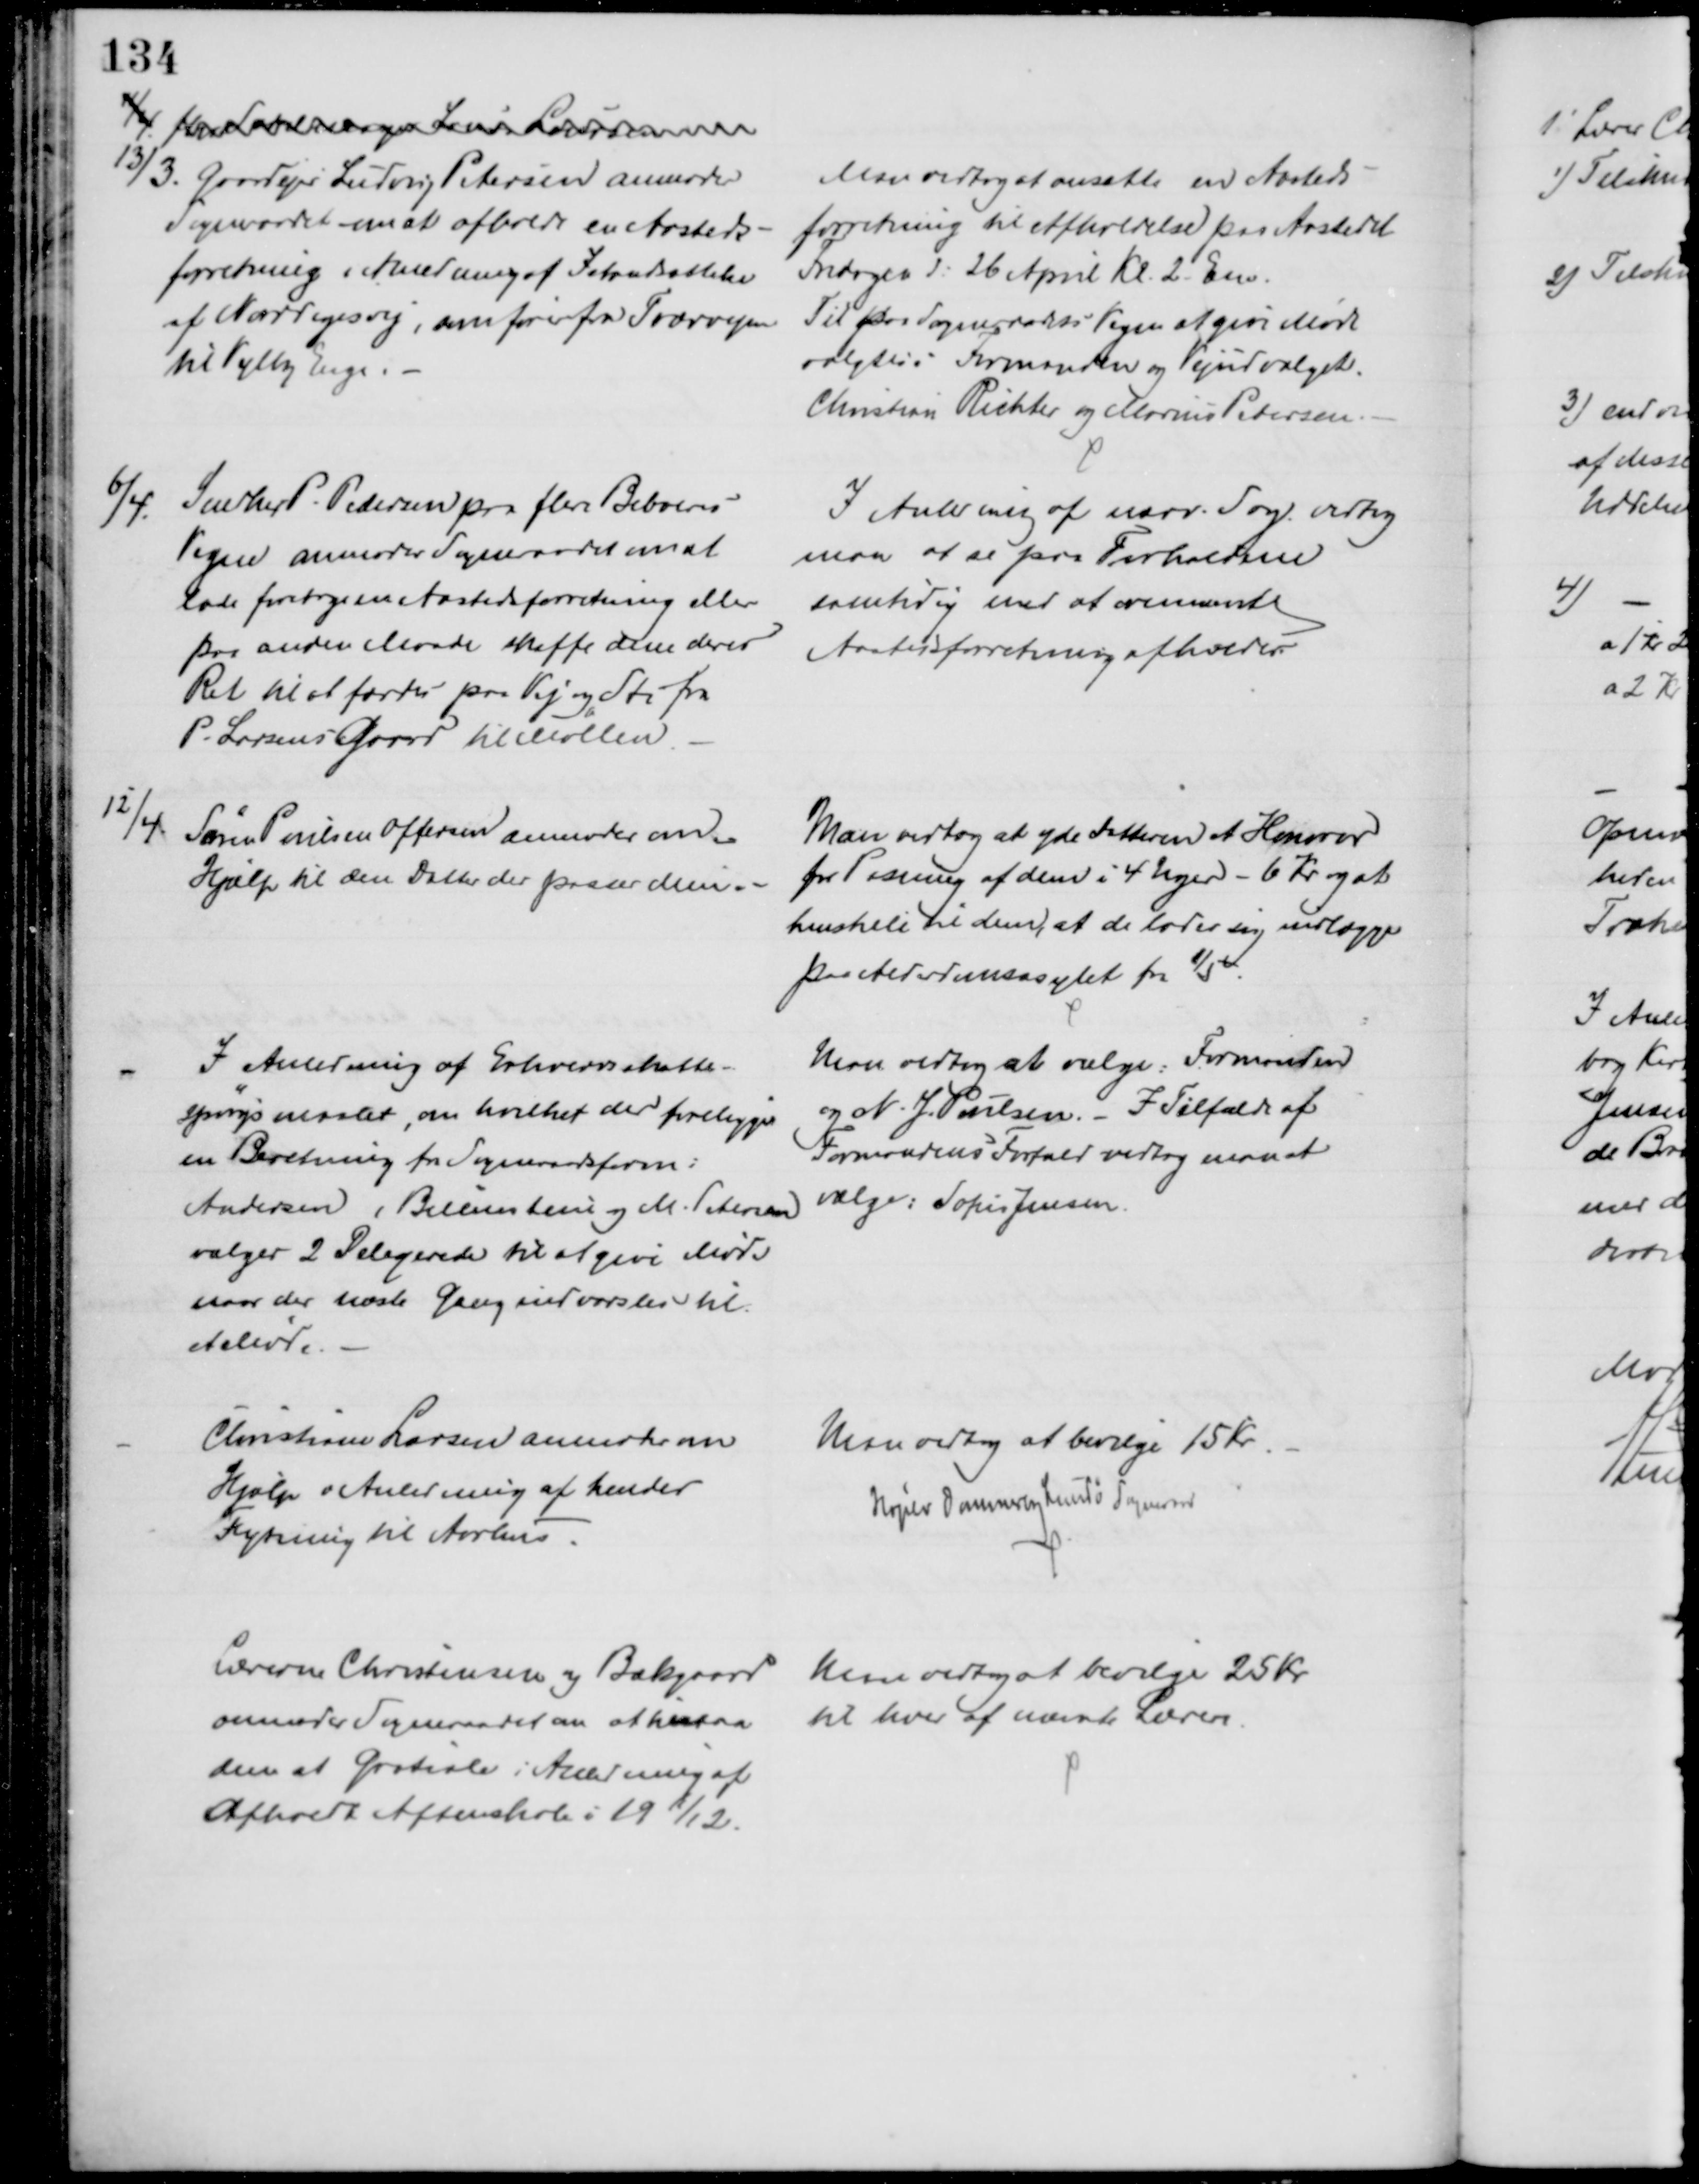
Transskription:
11/4. fhv. Sadelmager Laurs Laursen
13/3. Gaardejer Ludvig Petersen anmoder
Sogneraadet om at afholde en Aasteds-
forretning i Anledning af Istandsættelse
af Norddigesvej, som fører fra Tværvejen
til Vejlby Enge.
Man vedtog at ansætte en Aasteds-
forretning til Afholdelse paa Aastedet
Fredagen d: 26 April Kl. 2 Em.
Til paa Sogneraadets Vegne at give Møde
valgtes: Formanden og Vejudvalget.
Christian Richter og Marius Petersen.
6/4.
Snedker P. Pedersen paa flere Beboeres
Vegne anmoder Sogneraadet om at
lade foretage en Aastedsforretning eller
paa anden Maade skaffe dem deres
Ret til at færdes paa Vej og Sti fra
P. Larsens Gaard til Møllen.
I Anledning af nærv. Sag vedtog
man at se paa Forholdene
samtidig med at ovennævnte
Aastedsforretning afholdes.
12/4.
Søren Poulsen Offersen anmoder om
Hjælp til den Datter der passer dem.
Man vedtog at yde Datteren et Honorar
for Pasning af dem i 4 Uger - 6 Kr og at
henstille til dem, at de lader sig indlægge
paa Alderdomsasylet fra 1/5.
I Anledning af Erhvervsskatte-
spørgsmaalet, om hvilket der foreligger
en Beretning fra Sogneraadsform:
Andersen, Billestens og M. Petersen
vælges 2 Delegerede til at give Møde
naar der næste Gang indvarsles til
et Møde.
Man vedtog at vælge: Formanden
og N. J. Poulsen. I Tilfælde af
Formandens Forfald vedtog maa at
vælge: Sofus Jensen.
Christiane Larsen anmoder om
Hjælp i Anledning af hendes
Flytning til Aarhus.
Man vedtog at bevilge 15 Kr.
Højslev Dommerby Lundø Sogneraad
Lærerne Christensen og Bækgaard
anmoder Sogneraadet om at tilstaa
dem et Gratiale i Anledning af
afholdt Aftenskole i 1911/12.
Man vedtog at bevilge 25 Kr
til hver af nævnte Lærere.